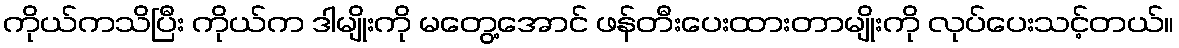
ကိုယ်ကသိပြီး ကိုယ်က ဒါမျိုးကို မတွေ့အောင် ဖန်တီးပေးထားတာမျိုးကို လုပ်ပေးသင့်တယ်။